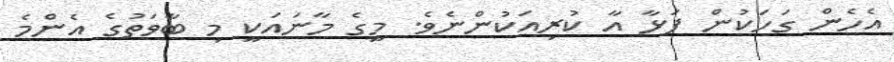
އެހެން ގަހަކުން ފަޅާ އާ ކުރިއަކުންނެވެ. މީގެ މާނައަކީ މި ބާވަތުގެ އެންމެ